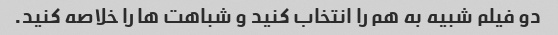
دو فیلم شبیه به هم را انتخاب کنید و شباهت ها را خلاصه کنید.